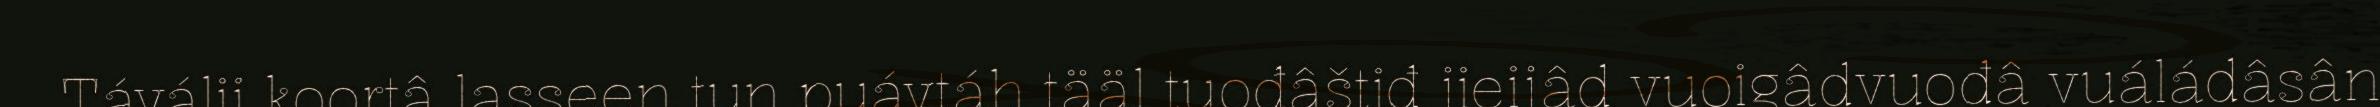
Táválii koortâ lasseen tun puávtáh tääl tuođâštiđ jieijâd vuoigâdvuođâ vuáládâsân